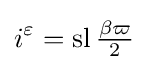
i^{\varepsilon }=\operatorname {sl} {\tfrac {\beta \varpi }{2}}